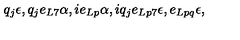
q _ { j } \epsilon , q _ { j } e _ { L 7 } \alpha , i e _ { L p } \alpha , i q _ { j } e _ { L p 7 } \epsilon , e _ { L p q } \epsilon ,